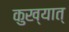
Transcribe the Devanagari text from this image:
कुख्यात्